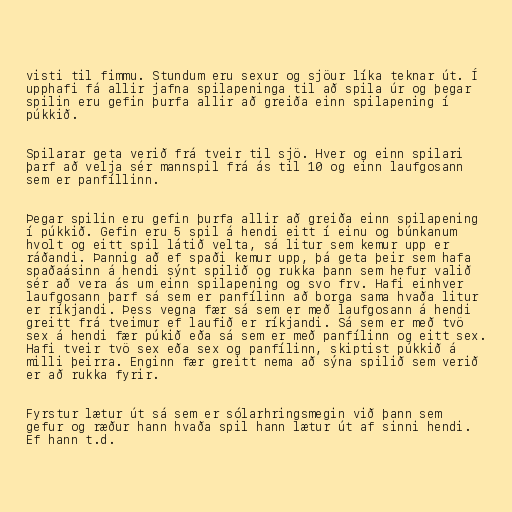
visti til fimmu. Stundum eru sexur og sjöur líka teknar út. Í
upphafi fá allir jafna spilapeninga til að spila úr og þegar
spilin eru gefin þurfa allir að greiða einn spilapening í
púkkið.

Spilarar geta verið frá tveir til sjö. Hver og einn spilari
þarf að velja sér mannspil frá ás til 10 og einn laufgosann
sem er panfíllinn.

Þegar spilin eru gefin þurfa allir að greiða einn spilapening
í púkkið. Gefin eru 5 spil á hendi eitt í einu og búnkanum
hvolt og eitt spil látið velta, sá litur sem kemur upp er
ráðandi. Þannig að ef spaði kemur upp, þá geta þeir sem hafa
spaðaásinn á hendi sýnt spilið og rukka þann sem hefur valið
sér að vera ás um einn spilapening og svo frv. Hafi einhver
laufgosann þarf sá sem er panfílinn að borga sama hvaða litur
er ríkjandi. Þess vegna fær sá sem er með laufgosann á hendi
greitt frá tveimur ef laufið er ríkjandi. Sá sem er með tvö
sex á hendi fær púkið eða sá sem er með panfílinn og eitt sex.
Hafi tveir tvö sex eða sex og panfílinn, skiptist púkkið á
milli þeirra. Enginn fær greitt nema að sýna spilið sem verið
er að rukka fyrir.

Fyrstur lætur út sá sem er sólarhringsmegin við þann sem
gefur og ræður hann hvaða spil hann lætur út af sinni hendi.
Ef hann t.d.